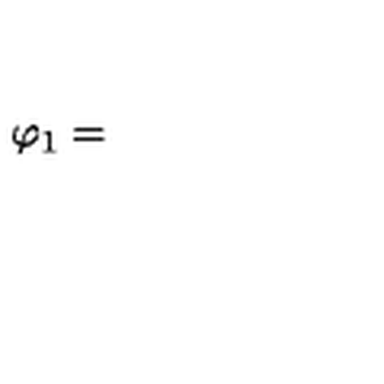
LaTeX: \varphi _ { 1 } =